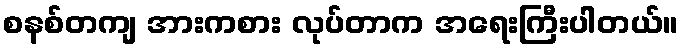
စနစ်တကျ အားကစား လုပ်တာက အရေးကြီးပါတယ်။